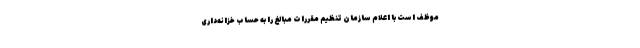
موظف است با اعلام سازمان تنظیم مقررات مبالغ را به حساب خزانه‌داری